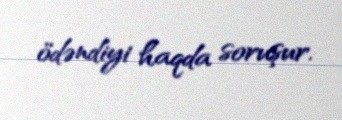
ödəndiyi haqda soruşur.